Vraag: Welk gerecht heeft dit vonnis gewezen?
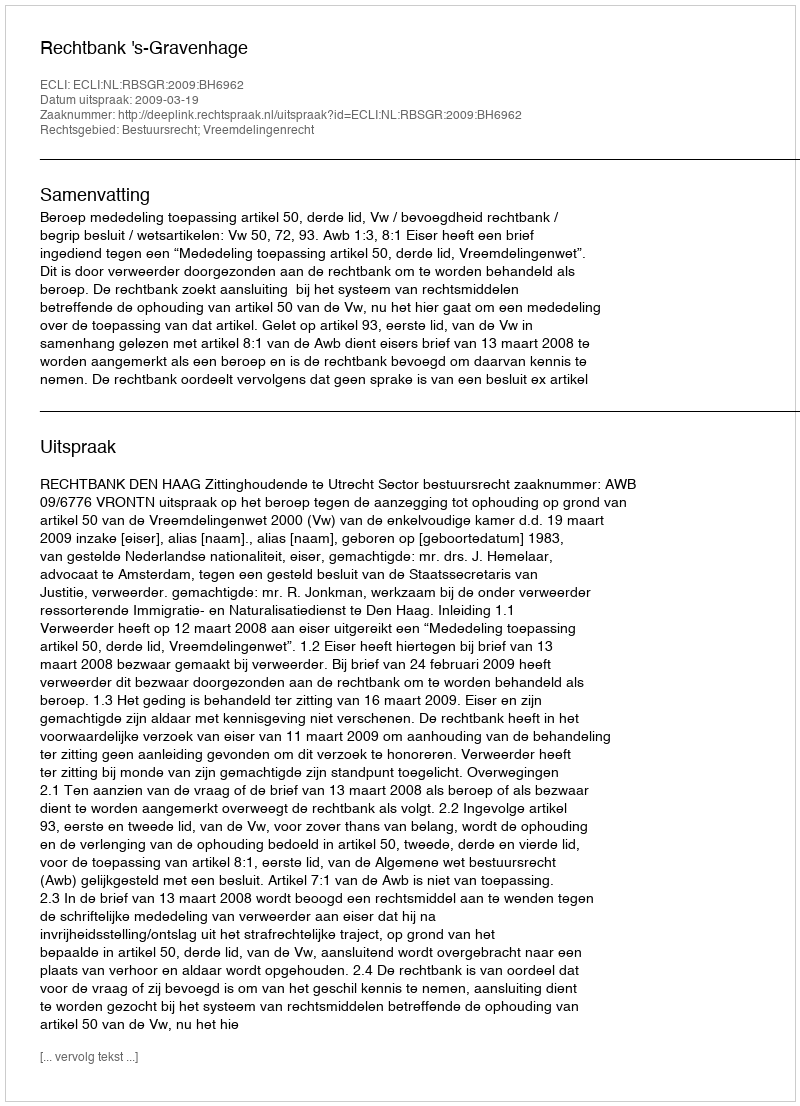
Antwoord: Rechtbank 's-Gravenhage